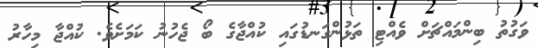
ވަގުތު ބިންމައްޗަށް ވެއްޓި ތަޅުންގަނޑުގައި ކުއްޖާގެ ބޯ ޖެހުނު ކަމަށެވެ. ކުއްޖާ މިހާރު